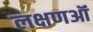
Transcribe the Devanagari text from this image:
लक्षणऑं